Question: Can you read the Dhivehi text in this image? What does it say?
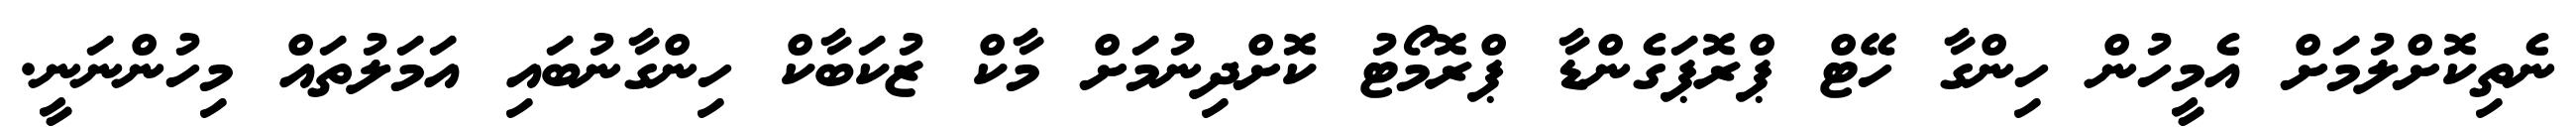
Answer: ނެތިކޮށްލުމަށް އެމީހުން ހިންގާ ހޭޓް ޕްރޮޕަގެންޑާ ޕްރޮމޯޓު ކޮށްދިނުމަށް މާކް ޒުކަބާކް ހިންގާނުބައި އަމަލުތައް މިހުންނަނީ.